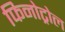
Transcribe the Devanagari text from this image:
फिनोट्रोल